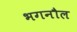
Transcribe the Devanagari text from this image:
भगनौल